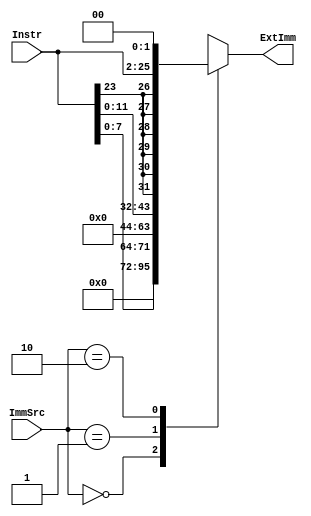
module EXTEND(input [23:0] Instr,
					input [1:0] ImmSrc,
					output reg [31:0] ExtImm);
	
	always
		case(ImmSrc)
			// 8-bit unsigned immediate
			2'b00: ExtImm = {24'b0, Instr[7:0]};
			// 12-bit unsigned immediate
			2'b01: ExtImm = {20'b0, Instr[11:0]};
			// 24-bit two's complement shifted branch
			2'b10: ExtImm = {{6{Instr[23]}}, Instr[23:0], 2'b00};
			default: ExtImm = 32'bx; // undefined
		endcase
endmodule